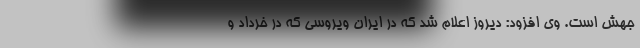
جهش است. وی افزود: دیروز اعلام شد که در ایران ویروسی که در خرداد و